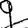
Digit: 9